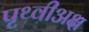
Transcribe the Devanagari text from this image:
पृथ्वीअक्ष